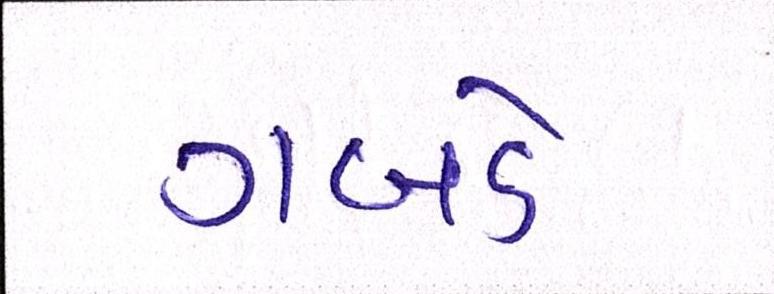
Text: ગબડે